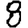
Digit: 8